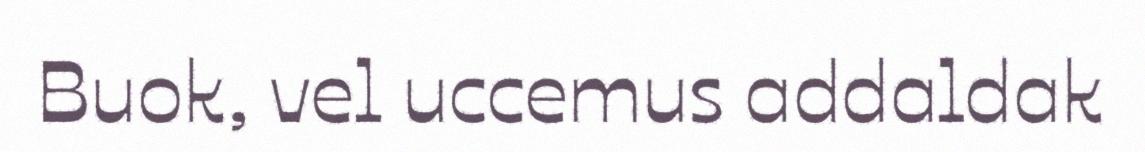
Buok, vel uccemus addaldak